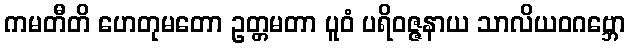
ကမတီတိ ဟေတုမတော ဥတ္တမတာ ပူဝံ ပရိဝဇ္ဇနာယ သာလိယဝဂဗ္ဘော